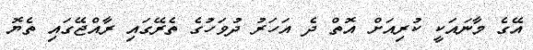
އޭގެ މާނައަކީ ކުރިއަށް އޮތް ދެ އަހަރު ދުވަހުގެ ތެރޭގައި ރާއްޖޭގައި ތެޔޮ